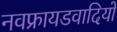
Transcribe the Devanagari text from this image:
नवफ्रायडवादियों